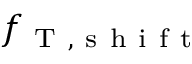
f _ { \mathrm { ~ T ~ } , \mathrm { ~ s ~ h ~ i ~ f ~ t ~ } }